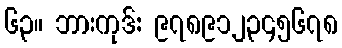
၆၃။ ဘားကုဒ်: ၉၇၈၉၁၂၃၄၅၆၇၈